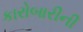
કારોબારીની